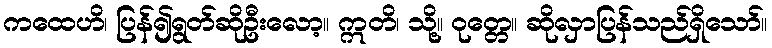
ကထေဟိ၊ ပြန်၍ရွတ်ဆိုဦးလော့။ ဣတိ၊ သို့။ ဝုတ္တေ။ ဆိုလှာပြန်သည်ရှိသော်။